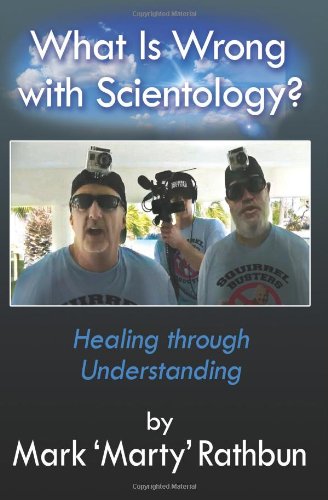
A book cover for What Is Wrong With Scientology?: Healing through Understanding; Mark 'Marty' Rathbun; Religion & Spirituality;